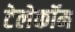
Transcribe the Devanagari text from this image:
टेलेकॉम